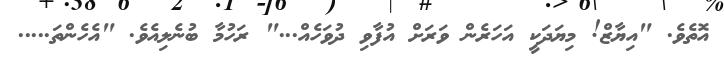
އޮތެވެ. "އިޔާޒް! މިޔަދަކީ އަހަރެން ވަރަށް އުފާވި ދުވަހެއް..." ރަހުމާ ބުނެލިއެވެ. "އެހެންތަ.....